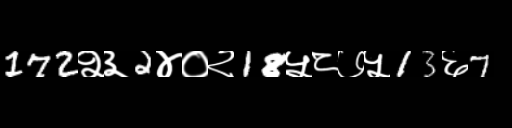
Text: 172२३2४०२18५८७५13६7